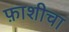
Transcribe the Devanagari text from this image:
फ़ाशीचा